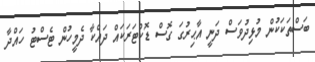
ބަސްތަކަކުން މުޅިދުވަަަސްް ދަނީ އާޙިރުގަ ގޮސް ޑޮކްޓަރަކައް ދައްކާ ދެމީހުން ޓެސްޓު ހައްދާ